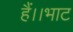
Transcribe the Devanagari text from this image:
हैं।।भाट